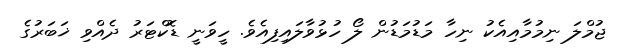
ޖުމްލަ ނިމުމާއިއެކު ނިހާ މަޑުމަޑުން ލޯ ހުޅުވާލައިފިއެވެ. ހީވަނީ ޑޮކްޓަރު ދެއްވި ޚަބަރުގެ